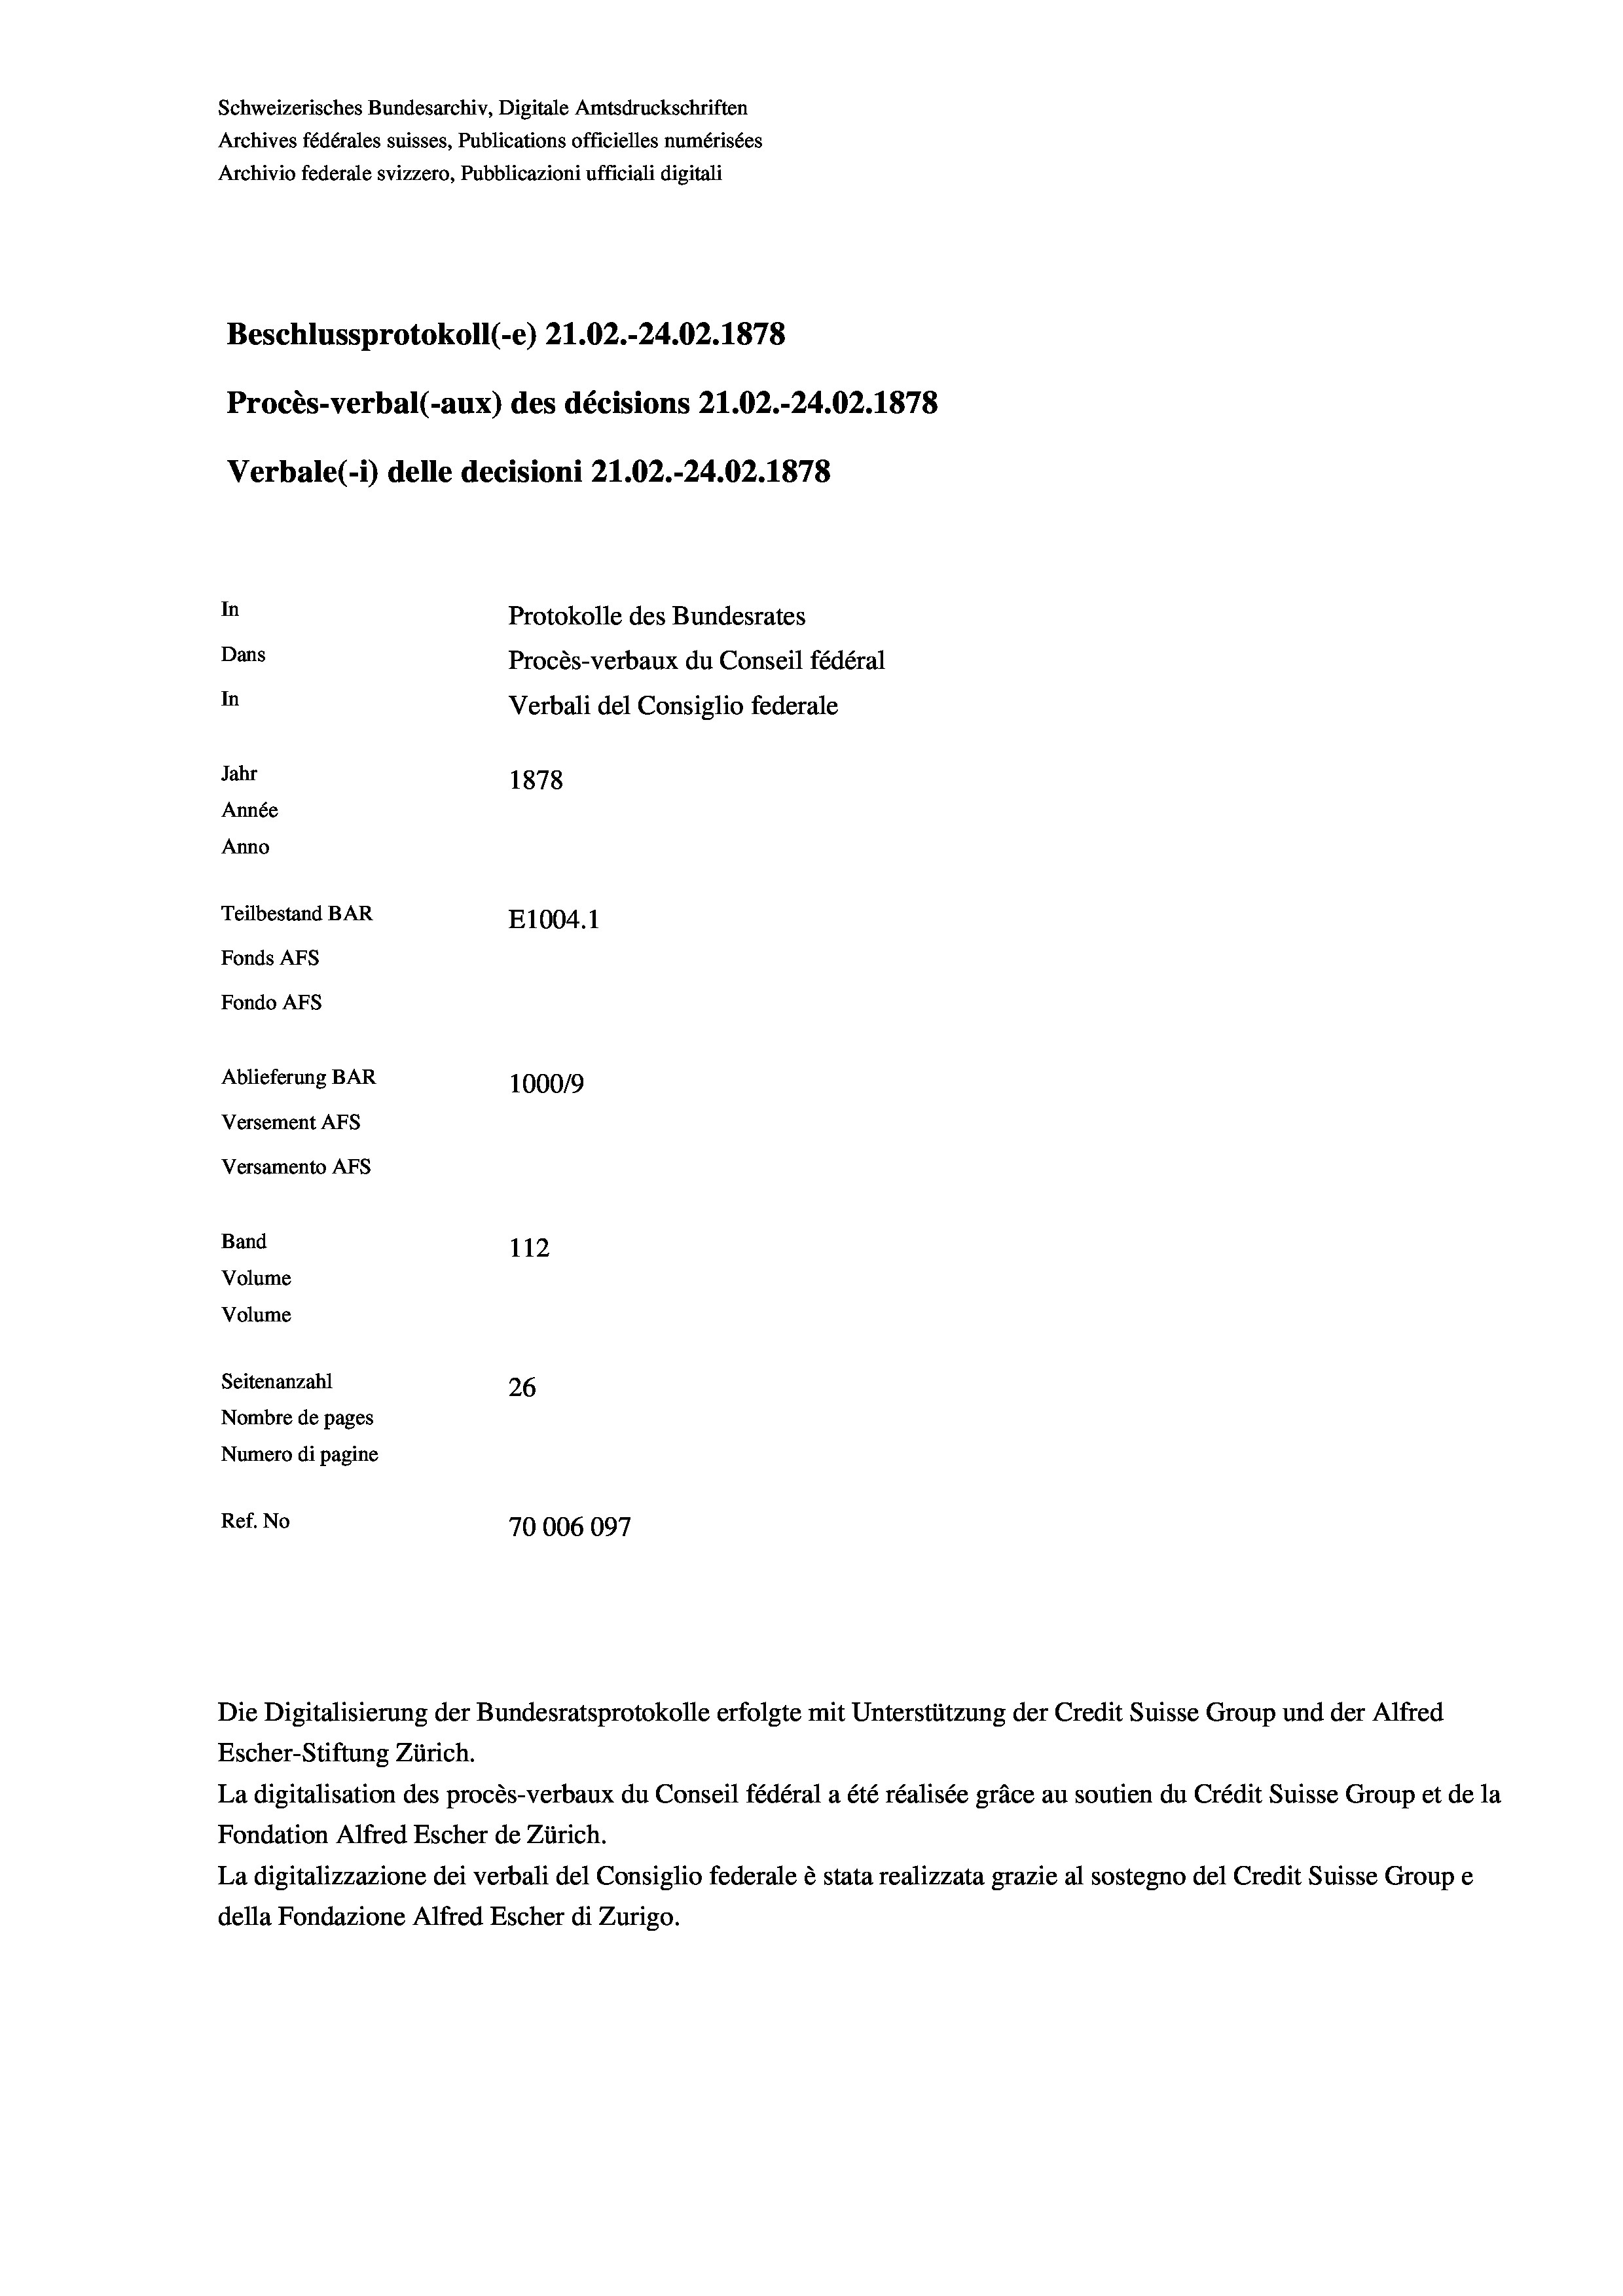
Schweizerisches Bundesarchiv, Digitale Amtsdruckschriften
Archives fédérales suisses, Publications officielles numérisées
Archivio federale svizzero, Pubblicazioni ufficiali digitali
Beschlussprotokoll (-e) 21.02.-24.02. 1878
Procès-verbal (-aux) des décisions 21.02.-24.02. 1878
Verbale(-*) delle decisioni 21.02.-24.02. 1878
In
Protokolle des Bundesrates
Dans
Procès-verbaux du Conseil fédéral
In
Verbali del Consiglio federale
Jahr
1878
Année
Anno
Teilbestand BAR
E1004. 1
Fonds AFs
Fondo Afs
Ablieferung BAR
100019
Versement AFs
Versamento AFs
Band
112
Volume
Volume
Seitenanzahl
26
Nombre de pages
Numero di pagine
Ref. No
70006097

Escher-Stiftung Zürich.
La digitalisation des procès-verbaux du Conseil fédéral a été réalisée gräce au soutien du Crédit Suisse Group et de la
Fondation Alfred Escher de Zürich.
La digitalizzazione dei verbali del Consiglio federale è stata realizzata grazie al sostegno del Credit Suisse Groupe
della Fondazione Alfred Escher di Zurigo.

Die Digitalisierung der Bundesratsprotokolle erfolgte mit Unterstützung der Credit Suisse Group und der Alfred